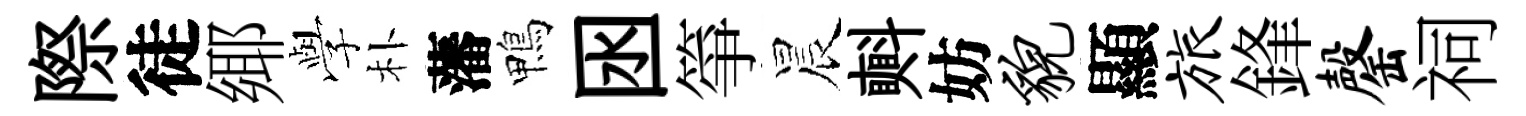
際徒鄊𫝯朴藩鴨囦箏晨㪺妨貌顯旅鋒罄祠